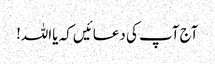
آج آپ کی دعائیں کہ یااللہ!